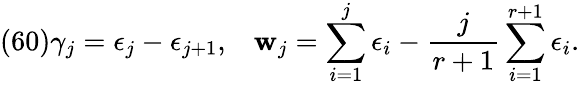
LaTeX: (60)\gamma_{j}=\epsilon_{j}-\epsilon_{j+1},\; \; \; {\mathbf w}_{j}=\sum_{i=1}^{j}\epsilon_{i}-\frac{j}{r+1}\sum_{i=1}^{r+1}\epsilon_{i}.